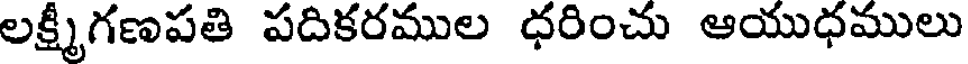
లక్ష్మీగణపతి పదికరముల ధరించు ఆయుధములు